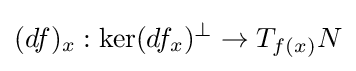
(df)_{x}:\mathrm {ker} (df_{x})^{\perp }\rightarrow T_{f(x)}N